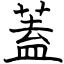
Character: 蓋